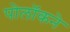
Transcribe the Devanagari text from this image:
पोलॉकने